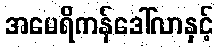
အမေရိကန်ဒေါ်လာနှင့်